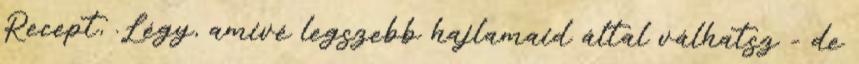
Recept, .Légy, amivé legszebb hajlamaid által válhatsz - de